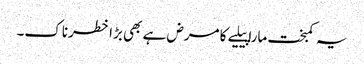
یہ کمبخت مارا پیلیے کا مرض ہے بھی بڑا خطرناک۔